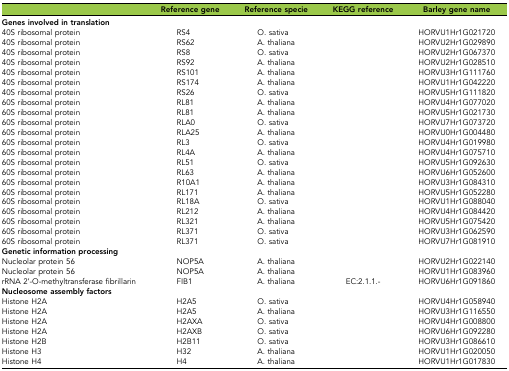
<table><thead><tr><td></td><td><b>Reference gene</b></td><td><b>Reference specie</b></td><td><b>KEGG reference</b></td><td><b>Barley gene name</b></td></tr></thead><tbody><tr><td><b>Genes involved in translation</b></td><td></td><td></td><td></td><td></td></tr><tr><td>40S ribosomal protein</td><td>RS4</td><td>O. sativa</td><td></td><td>HORVU1Hr1G021720</td></tr><tr><td>40S ribosomal protein</td><td>RS62</td><td>A. thaliana</td><td></td><td>HORVU2Hr1G029890</td></tr><tr><td>40S ribosomal protein</td><td>RS8</td><td>O. sativa</td><td></td><td>HORVU2Hr1G067370</td></tr><tr><td>40S ribosomal protein</td><td>RS92</td><td>A. thaliana</td><td></td><td>HORVU2Hr1G028510</td></tr><tr><td>40S ribosomal protein</td><td>RS101</td><td>A. thaliana</td><td></td><td>HORVU3Hr1G111760</td></tr><tr><td>40S ribosomal protein</td><td>RS174</td><td>A. thaliana</td><td></td><td>HORVU1Hr1G042220</td></tr><tr><td>40S ribosomal protein</td><td>RS26</td><td>O. sativa</td><td></td><td>HORVU5Hr1G111820</td></tr><tr><td>60S ribosomal protein</td><td>RL81</td><td>A. thaliana</td><td></td><td>HORVU4Hr1G077020</td></tr><tr><td>60S ribosomal protein</td><td>RL81</td><td>A. thaliana</td><td></td><td>HORVU5Hr1G021730</td></tr><tr><td>60S ribosomal protein</td><td>RLA0</td><td>O. sativa</td><td></td><td>HORVU7Hr1G073720</td></tr><tr><td>60S ribosomal protein</td><td>RLA25</td><td>A. thaliana</td><td></td><td>HORVU0Hr1G004480</td></tr><tr><td>60S ribosomal protein</td><td>RL3</td><td>O. sativa</td><td></td><td>HORVU4Hr1G019980</td></tr><tr><td>60S ribosomal protein</td><td>RL4A</td><td>A. thaliana</td><td></td><td>HORVU4Hr1G075710</td></tr><tr><td>60S ribosomal protein</td><td>RL51</td><td>O. sativa</td><td></td><td>HORVU5Hr1G092630</td></tr><tr><td>60S ribosomal protein</td><td>RL63</td><td>A. thaliana</td><td></td><td>HORVU6Hr1G052600</td></tr><tr><td>60S ribosomal protein</td><td>R10A1</td><td>A. thaliana</td><td></td><td>HORVU3Hr1G084310</td></tr><tr><td>60S ribosomal protein</td><td>RL171</td><td>A. thaliana</td><td></td><td>HORVU5Hr1G052280</td></tr><tr><td>60S ribosomal protein</td><td>RL18A</td><td>O. sativa</td><td></td><td>HORVU1Hr1G088040</td></tr><tr><td>60S ribosomal protein</td><td>RL212</td><td>A. thaliana</td><td></td><td>HORVU4Hr1G084420</td></tr><tr><td>60S ribosomal protein</td><td>RL321</td><td>A. thaliana</td><td></td><td>HORVU5Hr1G075420</td></tr><tr><td>60S ribosomal protein</td><td>RL371</td><td>O. sativa</td><td></td><td>HORVU3Hr1G062590</td></tr><tr><td>60S ribosomal protein</td><td>RL371</td><td>O. sativa</td><td></td><td>HORVU7Hr1G081910</td></tr><tr><td><b>Genetic information processing</b></td><td></td><td></td><td></td><td></td></tr><tr><td>Nucleolar protein 56</td><td>NOP5A</td><td>A. thaliana</td><td></td><td>HORVU2Hr1G022140</td></tr><tr><td>Nucleolar protein 56</td><td>NOP5A</td><td>A. thaliana</td><td></td><td>HORVU1Hr1G083960</td></tr><tr><td>rRNA 2’-O-methyltransferase fibrillarin</td><td>FIB1</td><td>A. thaliana</td><td>EC:2.1.1.-</td><td>HORVU6Hr1G091860</td></tr><tr><td><b>Nucleosome assembly factors</b></td><td></td><td></td><td></td><td></td></tr><tr><td>Histone H2A</td><td>H2A5</td><td>O. sativa</td><td></td><td>HORVU4Hr1G058940</td></tr><tr><td>Histone H2A</td><td>H2A5</td><td>A. thaliana</td><td></td><td>HORVU3Hr1G116550</td></tr><tr><td>Histone H2A</td><td>H2AXA</td><td>O. sativa</td><td></td><td>HORVU4Hr1G008800</td></tr><tr><td>Histone H2A</td><td>H2AXB</td><td>O. sativa</td><td></td><td>HORVU6Hr1G092280</td></tr><tr><td>Histone H2B</td><td>H2B11</td><td>O. sativa</td><td></td><td>HORVU3Hr1G086610</td></tr><tr><td>Histone H3</td><td>H32</td><td>A. thaliana</td><td></td><td>HORVU1Hr1G020050</td></tr><tr><td>Histone H4</td><td>H4</td><td>A. thaliana</td><td></td><td>HORVU1Hr1G017830</td></tr></tbody></table>